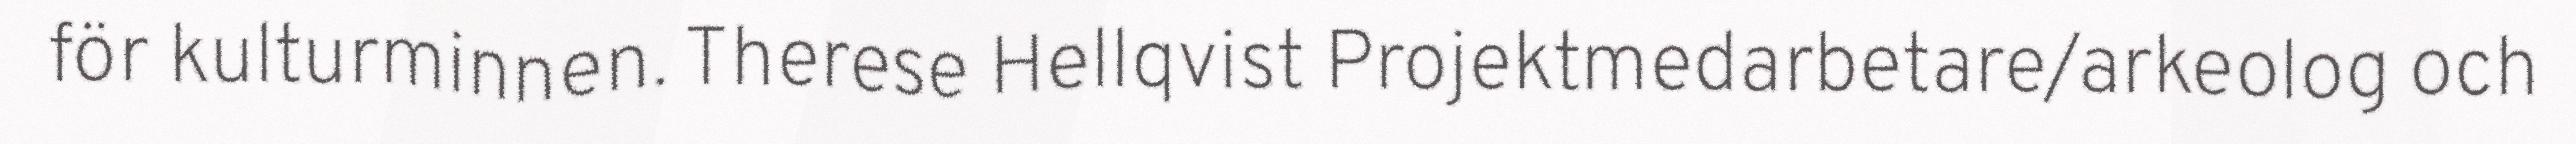
för kulturminnen. Therese Hellqvist Projektmedarbetare/arkeolog och